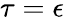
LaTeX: \tau=\epsilon